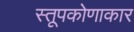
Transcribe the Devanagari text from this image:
स्तूपकोणाकार